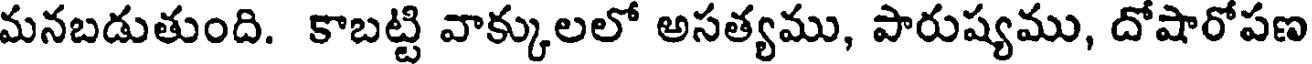
మనబడుతుంది. కాబట్టి వాక్కులలో అసత్యము, పారుష్యము, దోషారోపణ